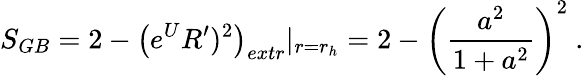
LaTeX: S_{GB}=2-\left(e^{U}R^{\prime})^{2}\right)_{extr}|_{r=r_{h}}=2-\left({\frac{a^{2}}{1+a^{2}}}\right)^{2}\ .